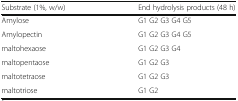
| Substrate (1%, w/w) | End hydrolysis products (48 h) |
 | --- | --- |
 | Amylose | G1 G2 G3 G4 G5 |
 | Amylopectin | G1 G2 G3 G4 G5 |
 | maltohexaose | G1 G2 G3 G4 |
 | maltopentaose | G1 G2 G3 |
 | maltotetraose | G1 G2 G3 |
 | maltotriose | G1 G2 |